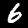
Digit: 6